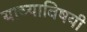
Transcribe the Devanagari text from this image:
याच्याविषयी